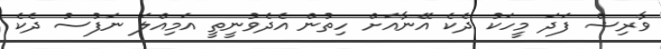
ވާރިޝް ފަދަ މީހަކު ދެކެ އޭނާއަށް ހިތުން އެދެވުނީތީ އަމިއްލަ ނަފުސު ދެކެ